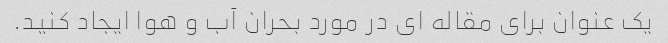
یک عنوان برای مقاله ای در مورد بحران آب و هوا ایجاد کنید.